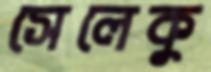
সেলেকু